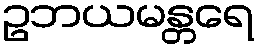
ဥဘယမန္တရေ